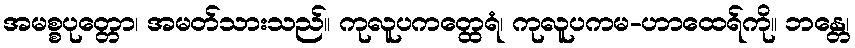
အမစ္စပုတ္တော၊ အမတ်သားသည်။ ကုလူပကတ္ထေရံ၊ ကုလူပကမ-ဟာထေရ်ကို။ ဘန္တေ၊